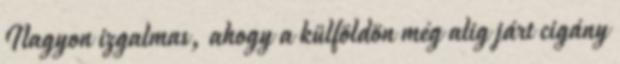
Nagyon izgalmas, ahogy a külföldön még alig járt cigány